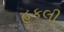
હકલી